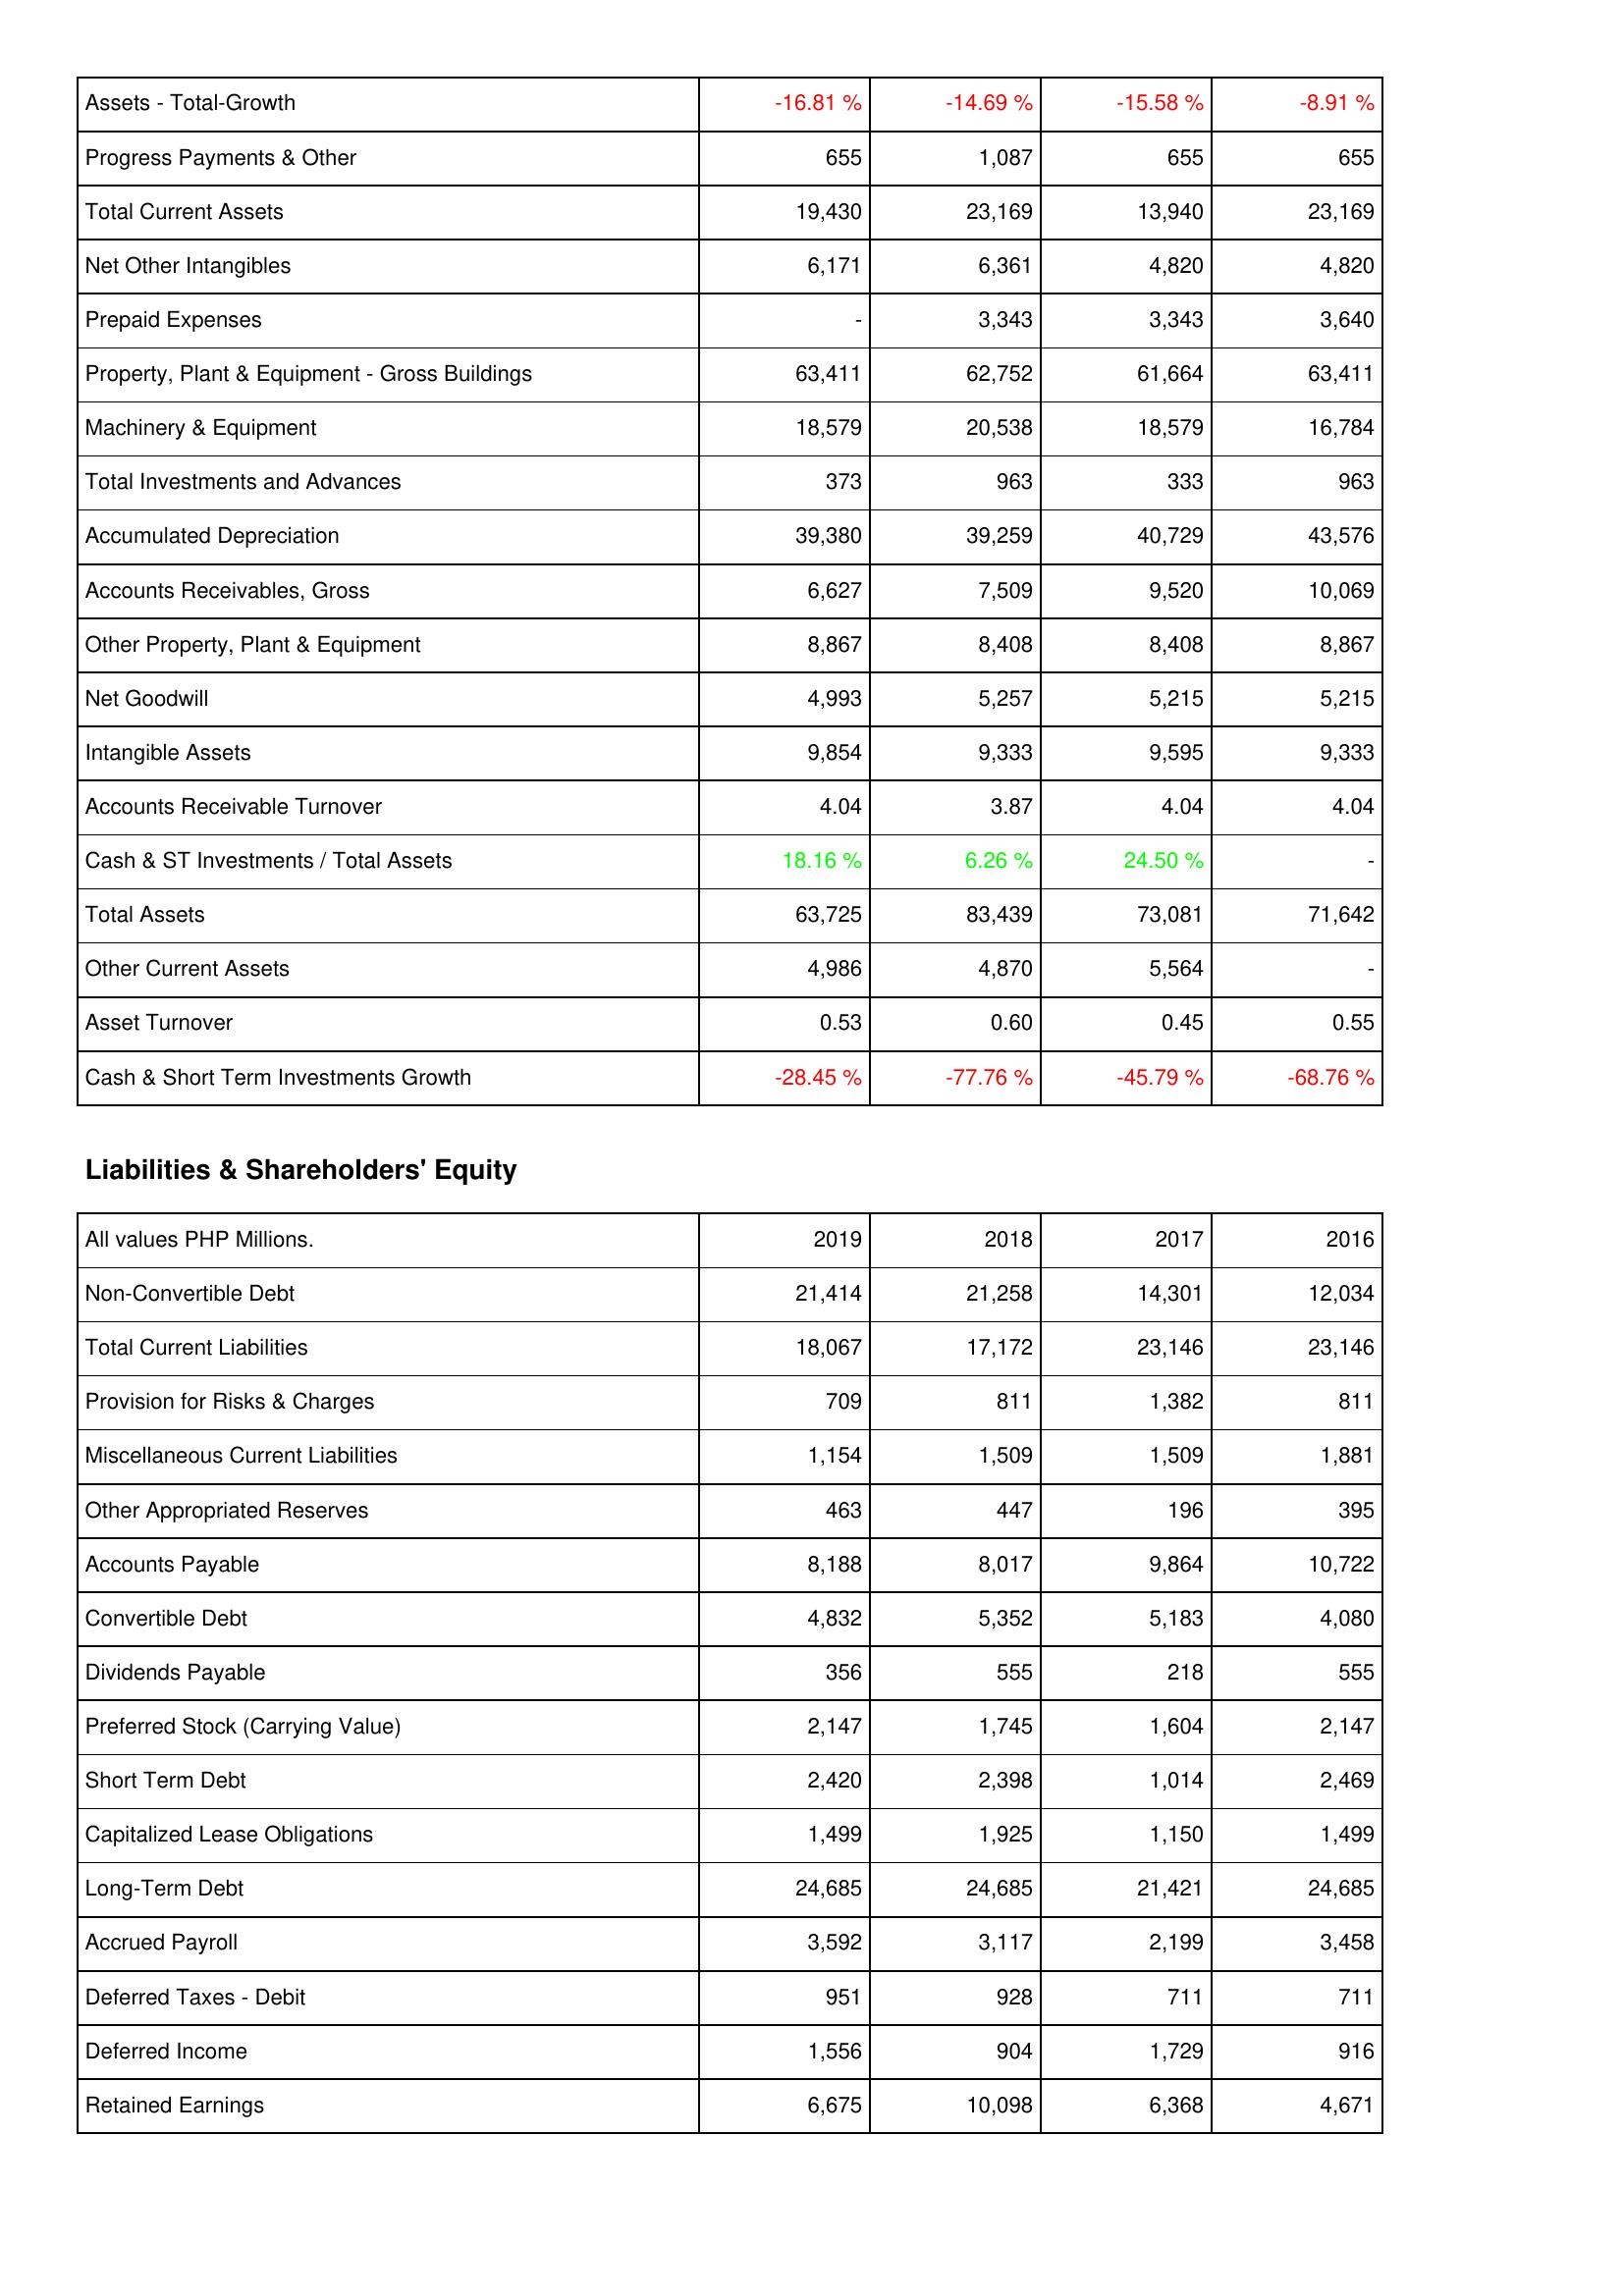
2019: Assets: Assets - Total-Growth: -16.81 %
Progress Payments & Other: 655
Total Current Assets: 19,430
Net Other Intangibles: 6,171
Prepaid Expenses: -
Property, Plant & Equipment - Gross Buildings: 63,411
Machinery & Equipment: 18,579
Total Investments and Advances: 373
Accumulated Depreciation: 39,380
Accounts Receivables, Gross: 6,627
Other Property, Plant & Equipment: 8,867
Net Goodwill: 4,993
Intangible Assets: 9,854
Accounts Receivable Turnover: 4.04
Cash & ST Investments / Total Assets: 18.16 %
Total Assets: 63,725
Other Current Assets: 4,986
Asset Turnover: 0.53
Cash & Short Term Investments Growth: -28.45 %
Liabilities & Shareholders' Equity: Non-Convertible Debt: 21,414
Total Current Liabilities: 18,067
Provision for Risks & Charges: 709
Miscellaneous Current Liabilities: 1,154
Other Appropriated Reserves: 463
Accounts Payable: 8,188
Convertible Debt: 4,832
Dividends Payable: 356
Preferred Stock (Carrying Value): 2,147
Short Term Debt: 2,420
Capitalized Lease Obligations: 1,499
Long-Term Debt: 24,685
Accrued Payroll: 3,592
Deferred Taxes - Debit: 951
Deferred Income: 1,556
Retained Earnings: 6,675
2018: Assets: Assets - Total-Growth: -14.69 %
Progress Payments & Other: 1,087
Total Current Assets: 23,169
Net Other Intangibles: 6,361
Prepaid Expenses: 3,343
Property, Plant & Equipment - Gross Buildings: 62,752
Machinery & Equipment: 20,538
Total Investments and Advances: 963
Accumulated Depreciation: 39,259
Accounts Receivables, Gross: 7,509
Other Property, Plant & Equipment: 8,408
Net Goodwill: 5,257
Intangible Assets: 9,333
Accounts Receivable Turnover: 3.87
Cash & ST Investments / Total Assets: 6.26 %
Total Assets: 83,439
Other Current Assets: 4,870
Asset Turnover: 0.60
Cash & Short Term Investments Growth: -77.76 %
Liabilities & Shareholders' Equity: Non-Convertible Debt: 21,258
Total Current Liabilities: 17,172
Provision for Risks & Charges: 811
Miscellaneous Current Liabilities: 1,509
Other Appropriated Reserves: 447
Accounts Payable: 8,017
Convertible Debt: 5,352
Dividends Payable: 555
Preferred Stock (Carrying Value): 1,745
Short Term Debt: 2,398
Capitalized Lease Obligations: 1,925
Long-Term Debt: 24,685
Accrued Payroll: 3,117
Deferred Taxes - Debit: 928
Deferred Income: 904
Retained Earnings: 10,098
2017: Assets: Assets - Total-Growth: -15.58 %
Progress Payments & Other: 655
Total Current Assets: 13,940
Net Other Intangibles: 4,820
Prepaid Expenses: 3,343
Property, Plant & Equipment - Gross Buildings: 61,664
Machinery & Equipment: 18,579
Total Investments and Advances: 333
Accumulated Depreciation: 40,729
Accounts Receivables, Gross: 9,520
Other Property, Plant & Equipment: 8,408
Net Goodwill: 5,215
Intangible Assets: 9,595
Accounts Receivable Turnover: 4.04
Cash & ST Investments / Total Assets: 24.50 %
Total Assets: 73,081
Other Current Assets: 5,564
Asset Turnover: 0.45
Cash & Short Term Investments Growth: -45.79 %
Liabilities & Shareholders' Equity: Non-Convertible Debt: 14,301
Total Current Liabilities: 23,146
Provision for Risks & Charges: 1,382
Miscellaneous Current Liabilities: 1,509
Other Appropriated Reserves: 196
Accounts Payable: 9,864
Convertible Debt: 5,183
Dividends Payable: 218
Preferred Stock (Carrying Value): 1,604
Short Term Debt: 1,014
Capitalized Lease Obligations: 1,150
Long-Term Debt: 21,421
Accrued Payroll: 2,199
Deferred Taxes - Debit: 711
Deferred Income: 1,729
Retained Earnings: 6,368
2016: Assets: Assets - Total-Growth: -8.91 %
Progress Payments & Other: 655
Total Current Assets: 23,169
Net Other Intangibles: 4,820
Prepaid Expenses: 3,640
Property, Plant & Equipment - Gross Buildings: 63,411
Machinery & Equipment: 16,784
Total Investments and Advances: 963
Accumulated Depreciation: 43,576
Accounts Receivables, Gross: 10,069
Other Property, Plant & Equipment: 8,867
Net Goodwill: 5,215
Intangible Assets: 9,333
Accounts Receivable Turnover: 4.04
Cash & ST Investments / Total Assets: -
Total Assets: 71,642
Other Current Assets: -
Asset Turnover: 0.55
Cash & Short Term Investments Growth: -68.76 %
Liabilities & Shareholders' Equity: Non-Convertible Debt: 12,034
Total Current Liabilities: 23,146
Provision for Risks & Charges: 811
Miscellaneous Current Liabilities: 1,881
Other Appropriated Reserves: 395
Accounts Payable: 10,722
Convertible Debt: 4,080
Dividends Payable: 555
Preferred Stock (Carrying Value): 2,147
Short Term Debt: 2,469
Capitalized Lease Obligations: 1,499
Long-Term Debt: 24,685
Accrued Payroll: 3,458
Deferred Taxes - Debit: 711
Deferred Income: 916
Retained Earnings: 4,671